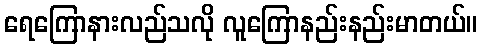
ရေကြောနားလည်သလို လူကြောနည်းနည်းမာတယ်။